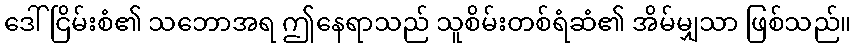
ဒေါ်ငြိမ်းစံ၏ သဘောအရ ဤနေရာသည် သူစိမ်းတစ်ရံဆံ၏ အိမ်မျှသာ ဖြစ်သည်။